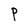
Character: P